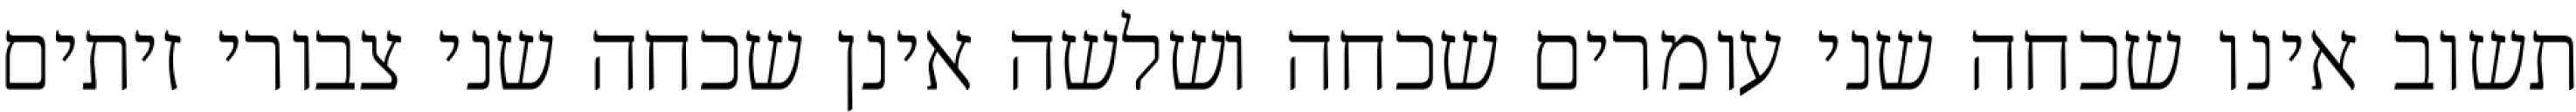
תשוב אינו שכחה שני עומרים שכחה ושלשה אינן שכחה שני צבורי זיתים